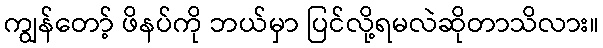
ကျွန်တော့် ဖိနပ်ကို ဘယ်မှာ ပြင်လို့ရမလဲဆိုတာသိလား။